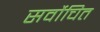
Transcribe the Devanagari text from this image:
सर्वोचित